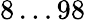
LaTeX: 8\dots 98